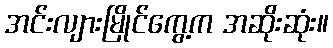
အင်းလျားမြိုင်ကွေ့က အဆိုးဆုံး။